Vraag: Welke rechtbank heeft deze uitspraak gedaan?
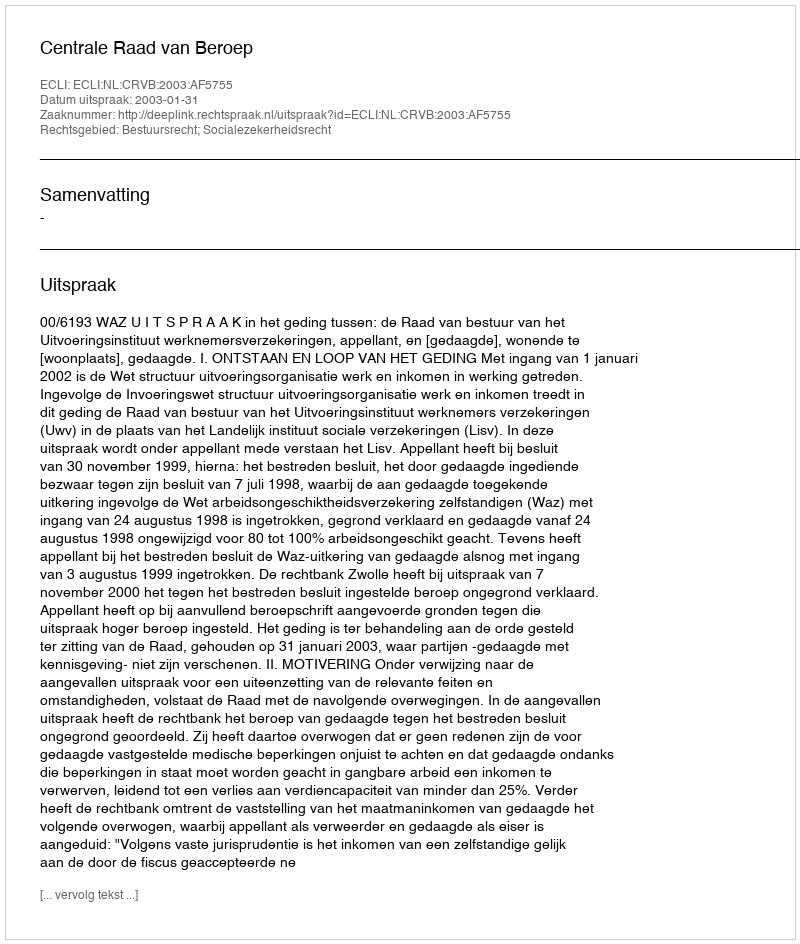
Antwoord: Centrale Raad van Beroep